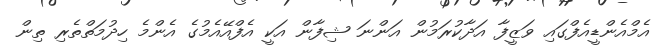
އެމްއެންޑީއެފްގައި ވަޒީފާ އަދާކުރަމުން އަންނަ ޝިފާން އަކީ އެފްއޭއެމުގެ އެންމެ ހިދުމަތްތެރި ތިން